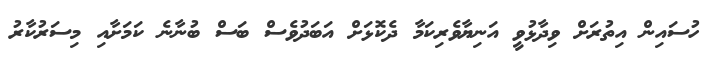
ހުސައިން އިތުރަށް ވިދާޅުވީ އަނިޔާވެރިކަމާ ދެކޮޅަށް އަބަދުވެސް ބަސް ބުނާނެ ކަމަށާއި މިސަރުކާރު